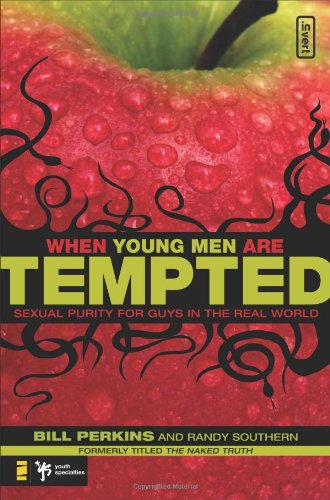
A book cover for When Young Men Are Tempted: Sexual Purity for Guys in the Real World (invert); William Perkins; Teen & Young Adult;